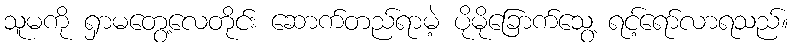
သူမကို ရှာမတွေ့လေတိုင်း ဆောက်တည်ရာမဲ့ ပိုမိုခြောက်သွေ့ ရင့်ရော်လာရသည်။